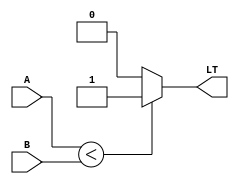
module less_than_comparator(
    input wire signed [7:0] A,
    input wire signed [7:0] B,
    output reg LT
);

always @(*) begin
    if(A < B) begin
        LT = 1;
    end else begin
        LT = 0;
    end
end

endmodule